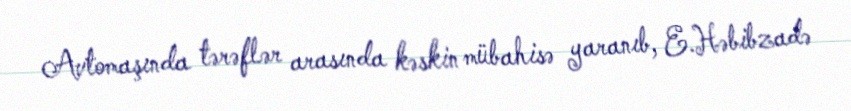
Avtomaşında tərəflər arasında kəskin mübahisə yaranıb, E.Həbibzadə